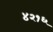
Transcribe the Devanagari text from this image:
४२१६